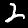
Label: 2